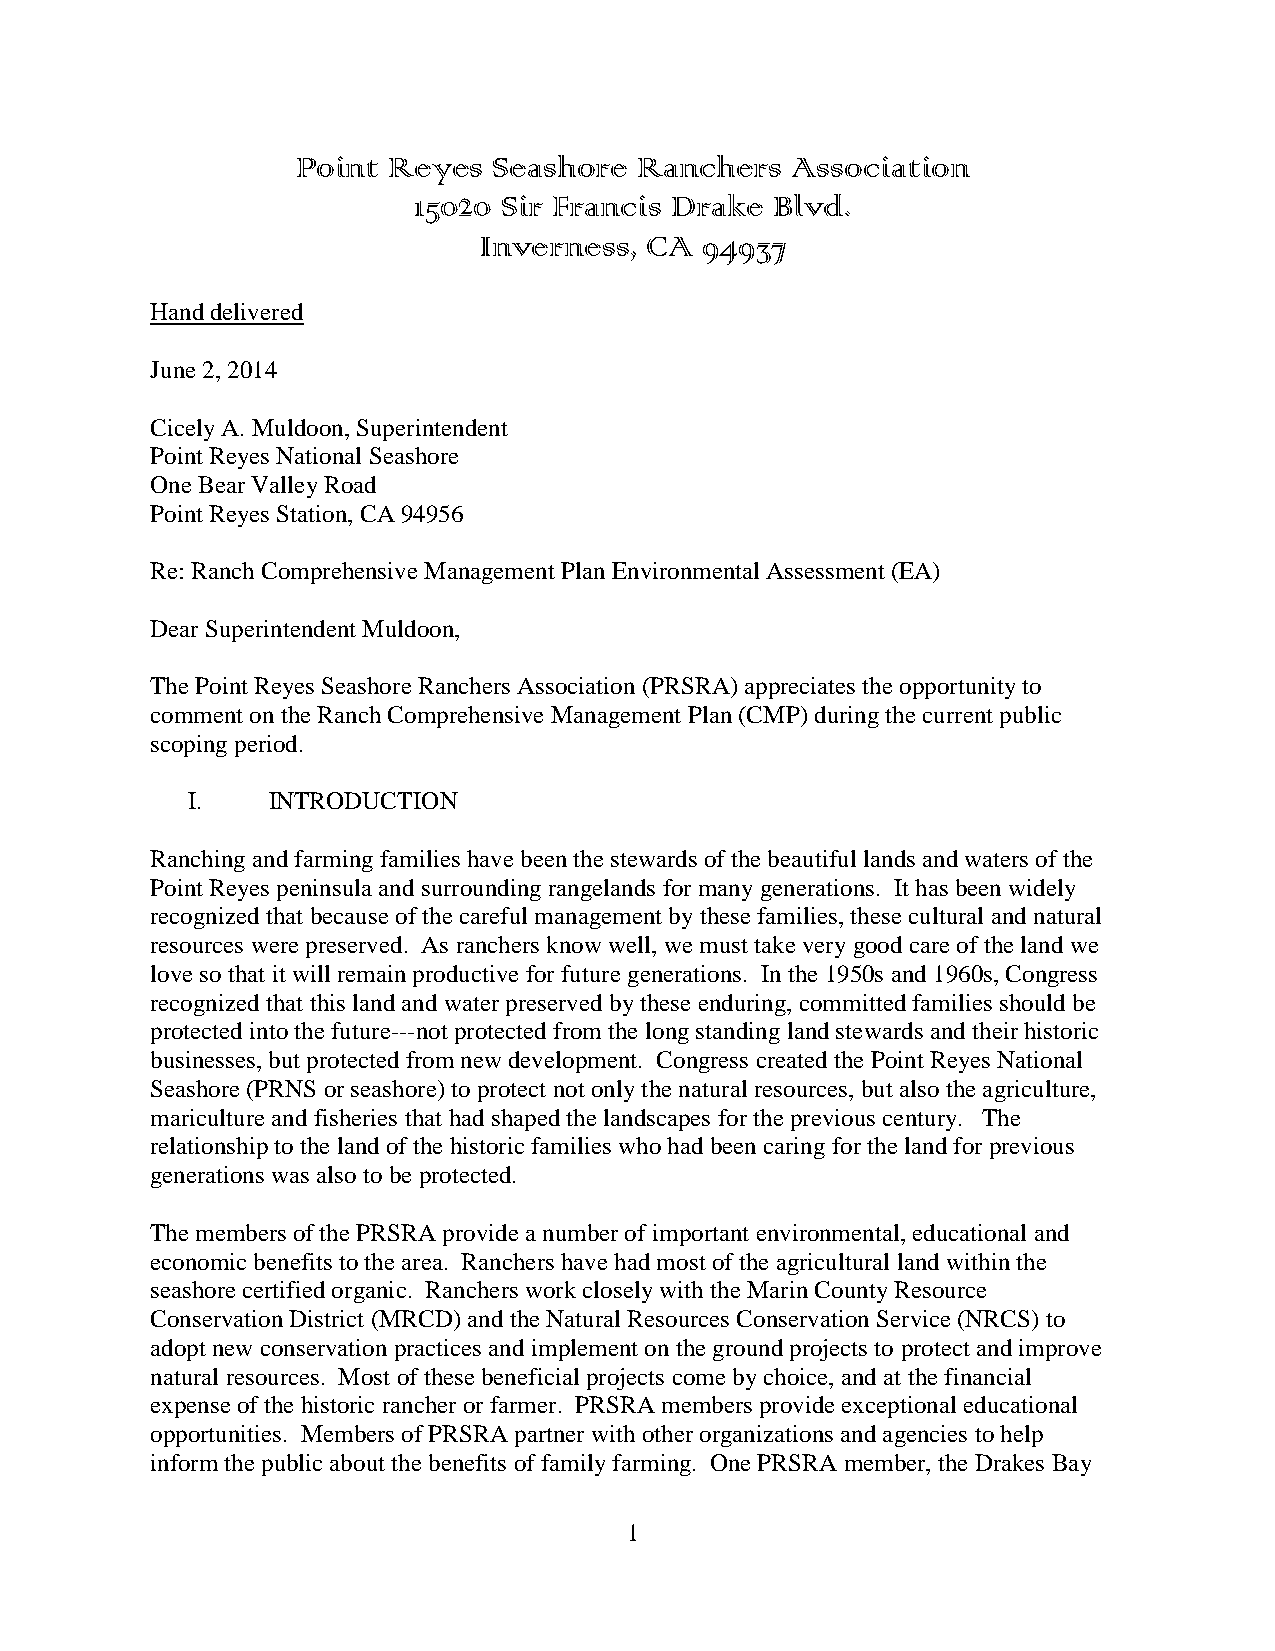
Point Reyes  Seashore Ranchers  Association
 15020 Sir Francis Drake Blvd.
 Inverness, CA  94937
 Hand delivered
 June 2, 2014
 Cicely A. Muldoon, Superintendent
 Point Reyes National Seashore
 One Bear Valley Road
 Point Reyes Station, CA 94956
 Re: Ranch Comprehensive Management Plan Environmental Assessment (EA)
 Dear Superintendent Muldoon,
 The Point Reyes Seashore Ranchers Association (PRSRA) appreciates the opportunity to
 comment on the Ranch Comprehensive Management Plan (CMP) during the current public
 scoping period.
 I.    INTRODUCTION
 Ranching and farming families have been the stewards of the beautiful lands and waters of the
 Point Reyes peninsula and surrounding rangelands for many generations. It has been widely
 recognized that because of the careful management by these families, these cultural and natural
 resources were preserved. As ranchers know well, we must take very good care of the land we
 love so that it will remain productive for future generations. In the 1950s and 1960s, Congress
 recognized that this land and water preserved by these enduring, committed families should be
 protected into the future---not protected from the long standing land stewards and their historic
 businesses, but protected from new development. Congress created the Point Reyes National
 Seashore (PRNS or seashore) to protect not only the natural resources, but also the agriculture,
 mariculture and fisheries that had shaped the landscapes for the previous century. The
 relationship to the land of the historic families who had been caring for the land for previous
 generations was also to be protected.
 The members of the PRSRA provide a number of important environmental, educational and
 economic benefits to the area. Ranchers have had most of the agricultural land within the
 seashore certified organic. Ranchers work closely with the Marin County Resource
 Conservation District (MRCD) and the Natural Resources Conservation Service (NRCS) to
 adopt new conservation practices and implement on the ground projects to protect and improve
 natural resources. Most of these beneficial projects come by choice, and at the financial
 expense of the historic rancher or farmer. PRSRA members provide exceptional educational
 opportunities. Members of PRSRA partner with other organizations and agencies to help
 inform the public about the benefits of family farming. One PRSRA member, the Drakes Bay
 1